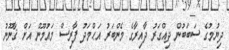
ދިޔުމުގެ ސަބަބުން ދިއްގަރު ދާއިރާގެ މެންބަރު އަޙްމަދު ފާރިސް މައުމޫން އަށް ޤާނޫނު